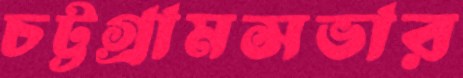
চট্টগ্রামসভার